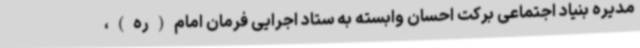
مدیره بنیاد اجتماعی برکت احسان وابسته به ستاد اجرایی فرمان امام(ره)،